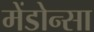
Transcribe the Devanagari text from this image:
मेंडोन्सा